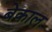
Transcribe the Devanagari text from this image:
बेकाल